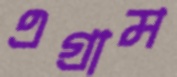
এগ্রাম